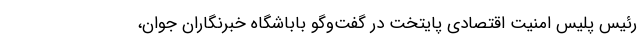
رئیس پلیس امنیت اقتصادی پایتخت در گفت‌وگو باباشگاه خبرنگاران جوان،